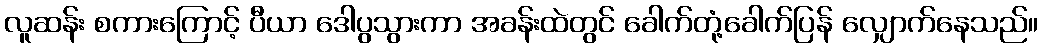
လူဆန်း စကားကြောင့် ပီယာ ဒေါပွသွားကာ အခန်းထဲတွင် ခေါက်တုံ့ခေါက်ပြန် လျှောက်နေသည်။